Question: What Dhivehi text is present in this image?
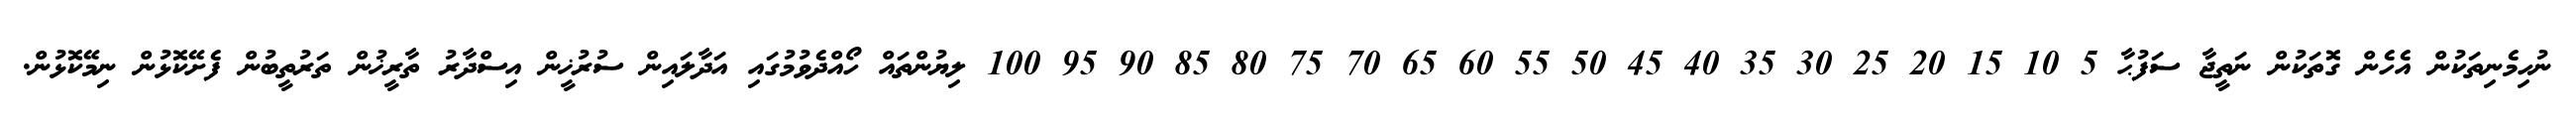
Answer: ނުހިމެނިތަކުން އެހެން ގޮތަކުން ނަތީޖާ ސަފުޙާ 5 10 15 20 25 30 35 40 45 50 55 60 65 70 75 80 85 90 95 100 ލިޔުންތައް ހޯއްދެވުމުގައި އަދާލައިން ސުރުޚީން އިސްދާރު ތާރީޚުން ތަރުތީބުން ފެށޭކޮޅުން ނިމޭކޮޅުން.